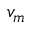
v _ { m }